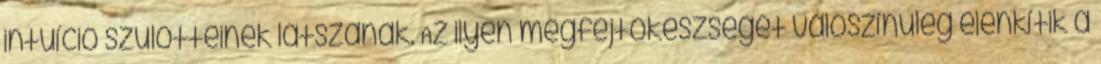
intuíció szülötteinek látszanak. Az ilyen megfejtőkészséget valószínűleg élénkítik a